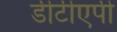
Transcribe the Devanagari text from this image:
डीटीएपी